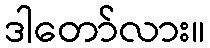
ဒါတော်လား။